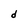
Character: d